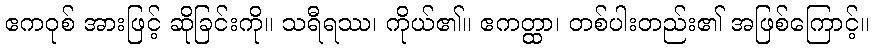
ဧကဝုစ် အားဖြင့် ဆိုခြင်းကို။ သရီရဿ၊ ကိုယ်၏။ ဧကတ္ထာ၊ တစ်ပါးတည်း၏ အဖြစ်ကြောင့်။